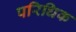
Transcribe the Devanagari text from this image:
परिधिक